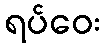
ရပ်ဝေး